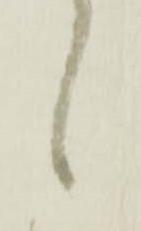
候